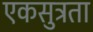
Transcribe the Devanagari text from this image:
एकसुत्रता